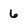
Character: 6